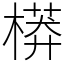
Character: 𣙷